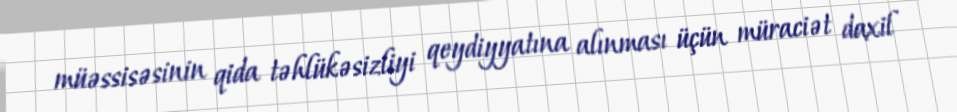
müəssisəsinin qida təhlükəsizliyi qeydiyyatına alınması üçün müraciət daxil